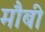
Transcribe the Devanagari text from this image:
मौबी